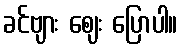
ခင်ဗျား ဈေး ပြောပါ။